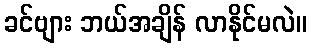
ခင်ဗျား ဘယ်အချိန် လာနိုင်မလဲ။